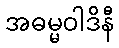
အဓမ္မဝါဒိနီ